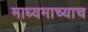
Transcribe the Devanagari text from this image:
माध्यमाच्याच